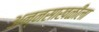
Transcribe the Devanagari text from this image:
अन्नसाखळीला